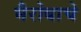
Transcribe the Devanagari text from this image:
भैरोबाचे